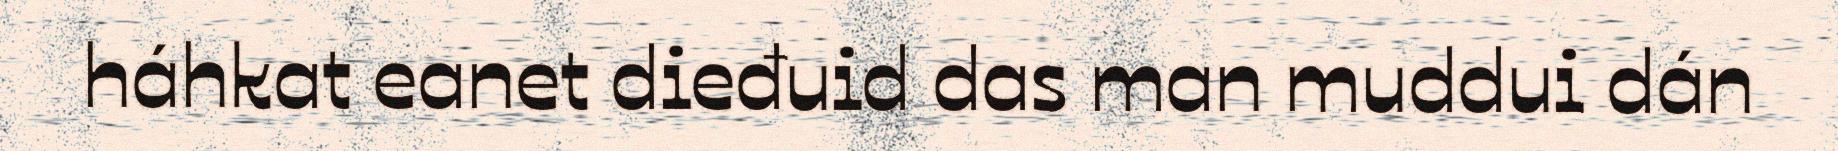
háhkat eanet dieđuid das man muddui dán